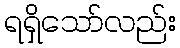
ရရှိသော်လည်း